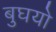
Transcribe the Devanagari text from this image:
बुघयो